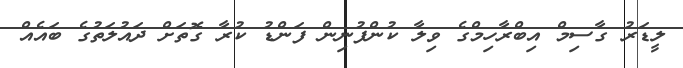
ލީޑަރު ގާސިމް އިބްރާހިމްގެ ވިލާ ކުންފުނިން ފަންޑު ކުރާ ގޮތަށް ދައުލަތުގެ ބައެއް